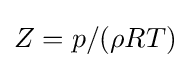
Z=p/(\rho RT)